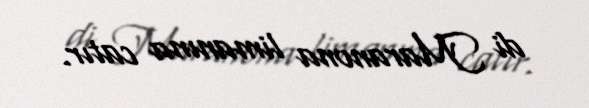
di Maranona limanına catır.